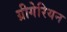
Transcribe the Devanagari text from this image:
ग्रीगेरियन